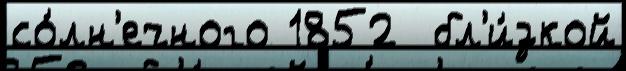
со́лн'ечного 1852  бл'и́зкой